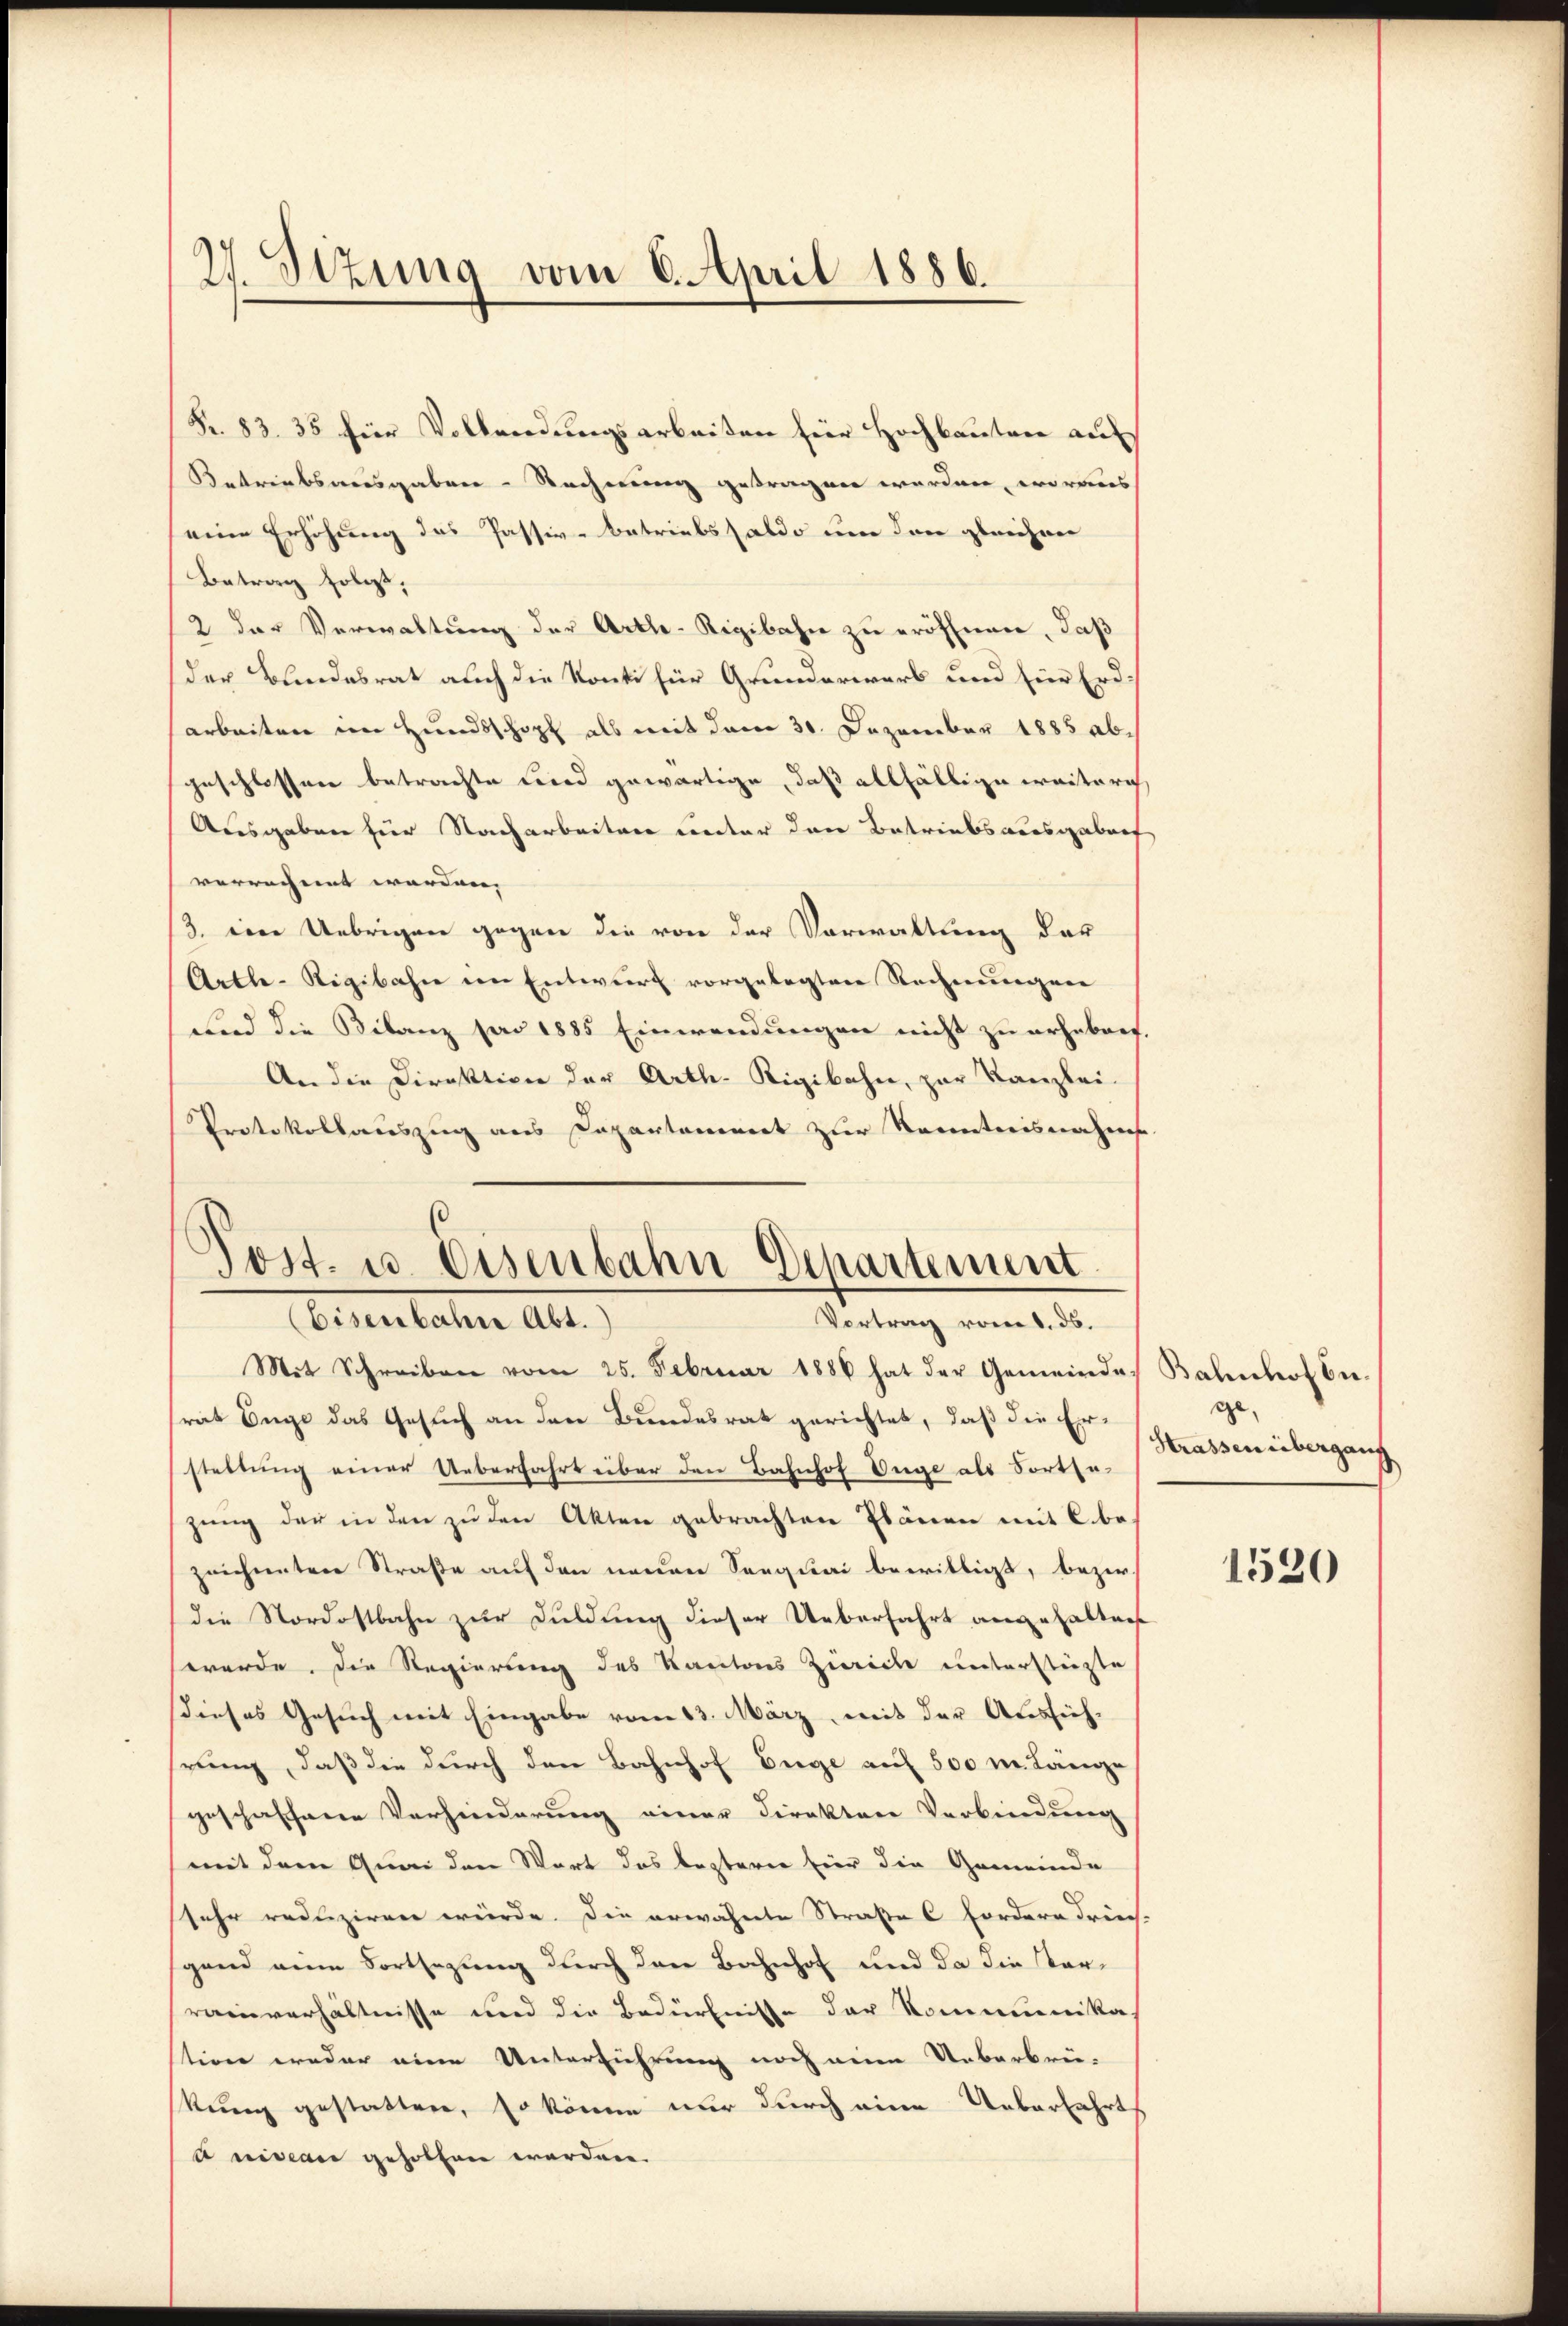
27. Sizung vom 6. April 1886.

Fr. 83. 35 für Vollendungsarbeiten für Hochbauten auf
Betriebsausgaben-Rechnung getragen werden, woraus
seine Erhöhung des Passiv-Betriebssaldo um den gleichner
Betrag folgt,
2 der Verwaltung der Artle-Rigibahn zu eröfnen, daß
der Bundesrat auch die Konti für Grunderwerb und für Erdarbeiten im Hundsschaft als mit dem 30. Dezember 1885 abgeschlossen betrachte wird gewärtige, daß allfällige weiterig
Ausgaben für Nacharbeiten unter den Betriebsausgaben
verrechnet worden,
3. eine Uebrigen gegen die von der Vorwaltung der
Artle-Rigibahn im Entwurf vorgelegten Rechnungen
und die Bilanz pro 1885 Einwendungen nicht zu erhebert.
An die Direktion der Arth-Rigibahn, zur Kanzlei-
Protokollauszug aus Capartement zur Kenntnisnahms

Post- u. Eisenbahn Departement
(Eisenbahre Abt.)
Vortrag vom 8. ds.

Mit Schreiben vom 25. Februar 1886 hat der Gemeindes Bahnhof bie-
rat Enge das Gesuch an den Bundesrat gerichtet, daß die Erstellung einer Ueberfahrt über den Bahnhof Unge als Fortsegŭng der in den zŭ den Akten gebrachten Ebenen mit C. bezeichneten Straße auf den neuen Seequai bewilligt, bezir
die Nordostbahn zur Duldung dieser Ueberfahrt angehalten
werde. Die Regierung des Kantons Zürich unterstürzte
dieses Gesuch mit Eingabe vom 13. März, mit der Aussichrung, daß die durch den Bahnhof Enge auf 500 m. Länge
geschaffene Verhinderung einer Direktore Verbindung
(mit dem Quai den Wort das bestern fier die Gemeinde
sehr redliziren würde. Die erwähnte Straße C Fordern driech-
gand eine Fortsezung durch den Bahnhof und da die Vorrainverhältnisse und die Bedürfnisse der Kommunika
stion weder eine Unterführung noch eine Ueberbrü-
kung gestatten, so könne nur durch eine Ueberfahrt
uniseau geholfen werden.

ge,
Strassen übergang

1520